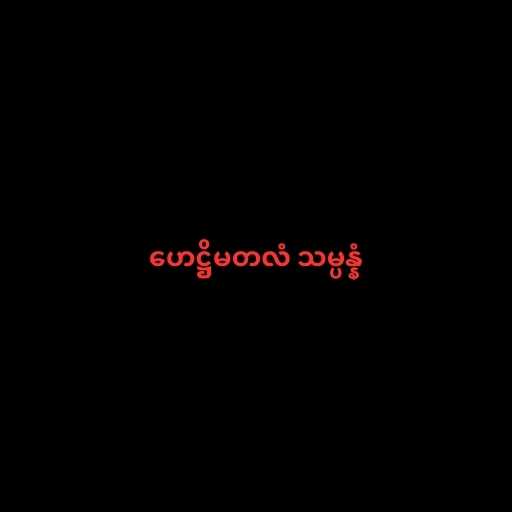
ဟေဋ္ဌိမတလံ သမ္ပန္နံ